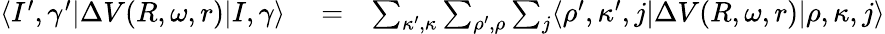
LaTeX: \begin{array}{rlr}{\langle I^{\prime},\gamma^{\prime}|\Delta V(R,\omega,r)|I,\gamma\rangle}&{{}=}&{\sum_{\kappa^{\prime},\kappa}\sum_{\rho^{\prime},\rho}\sum_{j}\langle\rho^{\prime},\kappa^{\prime},j|\Delta V(R,\omega,r)|\rho,\kappa,j\rangle}\end{array}